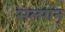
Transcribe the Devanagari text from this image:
संलगन्